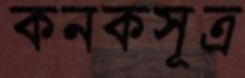
কনকসূত্র